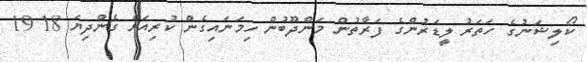
ކޯލިޝަނުގެ ހަތަރު ލީޑަރުންގެ ފަރާތުން މަންދޫބުން ހިމަނައިގެން ކުރިއަށް ގެންދިޔަ 18 19